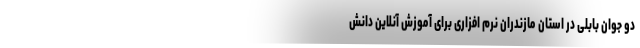
دو جوان بابلی در استان مازندران نرم افزاری برای آموزش آنلاین دانش